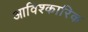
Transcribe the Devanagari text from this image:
आविश्कारिक